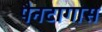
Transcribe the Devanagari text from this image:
पैनटागास